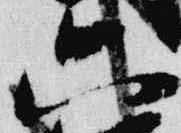
六